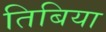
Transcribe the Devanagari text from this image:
तिबिया